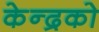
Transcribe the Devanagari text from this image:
केन्द्रको